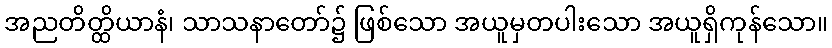
အညတိတ္ထိယာနံ၊ သာသနာတော်၌ ဖြစ်သော အယူမှတပါးသော အယူရှိကုန်သော။